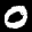
Label: 0